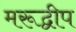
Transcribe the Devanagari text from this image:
मरूद्वीप